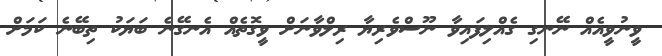
ވީނުވީއެއް ނޭނގި ގެއްލިފައިވާ ނޫސްވެރިޔާ ރިލްވާނަށް ވީގޮތެއް އެނގޭނެ ބަޔަކު ތިބޭނެ ކަމަށް